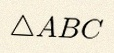
\triangle ABC